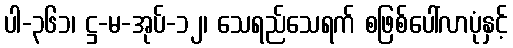
ပါ-၃၆၁၊ ဋ္ဌ-မ-အုပ်-၁၂၊ သေရည်သေရက် စဖြစ်ပေါ်လာပုံနှင့်